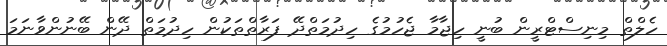
ހެލްތް މިނިސްޓްރީން ބުނީ ހިޖާމާ ޖެހުމުގެ ހިދުމަތްދޭ ފަރާތްތަކުން ހިދުމަތް ދޭން ބޭނުންވާނަމަ